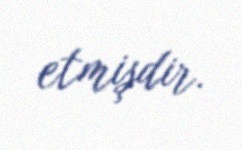
etmişdir.